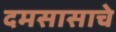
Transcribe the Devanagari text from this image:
दमसासाचे